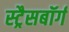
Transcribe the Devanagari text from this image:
स्ट्रैसबॉर्ग